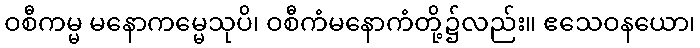
ဝစီကမ္မ မနောကမ္မေသုပိ၊ ဝစီကံမနောကံတို့၌လည်း။ ဧသေဝနယော၊